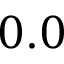
0 . 0